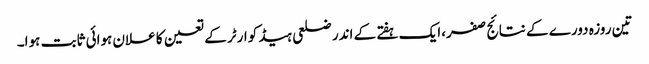
تین روزہ دورے کے نتائج صفر،ایک ہفتے کے اندر ضلعی ہیڈ کوارٹر کے تعین کا علان ہوائی ثابت ہوا۔